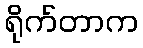
ရိုက်တာက